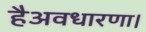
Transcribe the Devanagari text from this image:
हैअवधारणा।